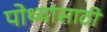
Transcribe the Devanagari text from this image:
पोथ्यांसाठी